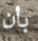
بأن